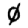
Digit: 0